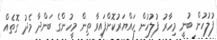
ފުލުހުން ބުނީ މިހާރު ފުލުހުން ހައްޔަރުކޮށްފައިވާ ތިން މީހުންގެ ބަންދާ މެދު ގޮތެއް